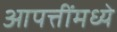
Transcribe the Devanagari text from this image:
आपत्तींमध्ये